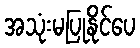
အသုံးမပြုနိုင်ပေ